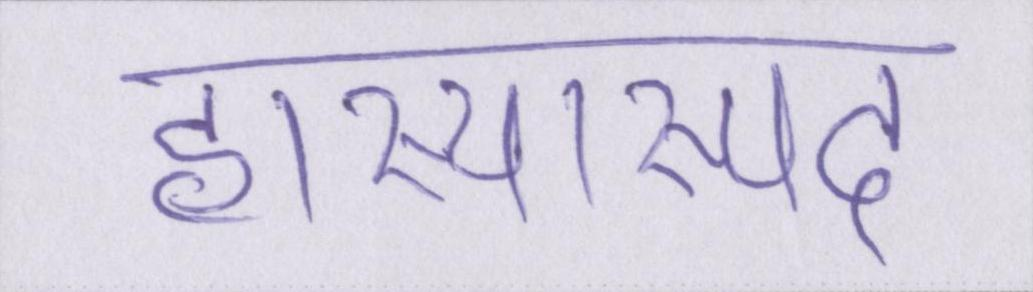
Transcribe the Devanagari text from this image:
हास्यास्पद